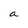
Character: a